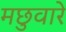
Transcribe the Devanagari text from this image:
मछुवारे